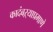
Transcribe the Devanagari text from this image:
कादंबऱ्याप्रमाणे